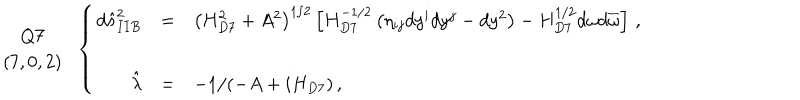
LaTeX: \begin{array} { c } { { Q 7 } } \\ { { ( 7 , 0 , 2 ) } } \\ \end{array} \, \, \, \left\{ \begin{array} { r c l } { { d \hat { s } _ { I I B } ^ { 2 } } } & { { = } } & { { \left( H _ { D 7 } ^ { 2 } + A ^ { 2 } \right) ^ { 1 / 2 } \left[ H _ { D 7 } ^ { - 1 / 2 } \left( \eta _ { i j } d y ^ { i } d y ^ { j } - d y ^ { 2 } \right) - H _ { D 7 } ^ { 1 / 2 } d \omega d \overline { { { \omega } } } \right] \, , } } \\ { { } } & { { } } & { { } } \\ { { \hat { \lambda } } } & { { = } } & { { - 1 / ( - A + i H _ { D 7 } ) \, , } } \\ \end{array} \right.